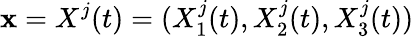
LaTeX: \textbf{x}=X^{j}(t)=(X_{1}^{j}(t),X_{2}^{j}(t),X_{3}^{j}(t))